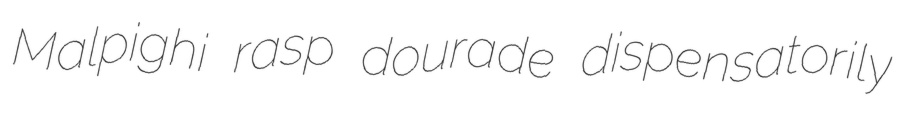
Malpighi rasp dourade dispensatorily